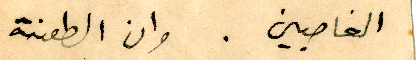
الغاصبين. وان الطعنة